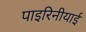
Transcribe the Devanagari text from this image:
पाइरिनीयाई